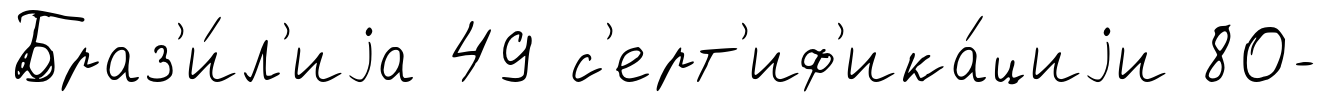
Браз'и́л'иjа 49 с'ерт'иф'ика́циjи 80-